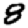
Digit: 8